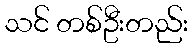
သင် တစ်ဦးတည်း